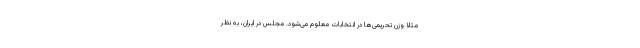
مثلا وزن تحریمی‌ها در انتخابات معلوم می‌شود. مجلس در ایران، به نظر